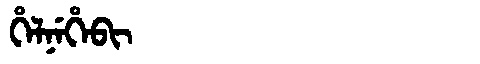
Manchu: ᡥᡝᠯᠨᡝᡥᡝᠪᡳ
Romanization: HELNEHEBI